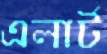
এলার্ট